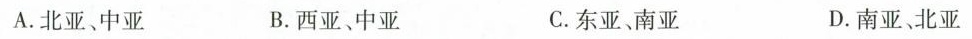
A.北亚、中亚 B.西亚、中亚 C.东亚、南亚 D.南亚、北亚